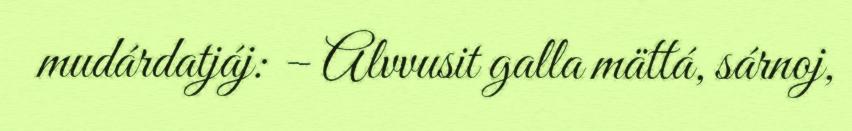
mudárdatjáj: – Alvvusit galla mättá, sárnoj,